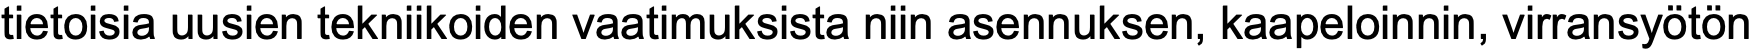
tietoisia uusien tekniikoiden vaatimuksista niin asennuksen, kaapeloinnin, virransyötön